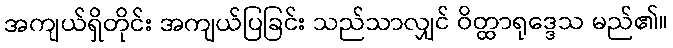
အကျယ်ရှိတိုင်း အကျယ်ပြခြင်း သည်သာလျှင် ဝိတ္ထာရုဒ္ဒေသ မည်၏။